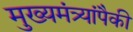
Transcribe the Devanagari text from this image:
मुख्यमंत्र्यांपैकी